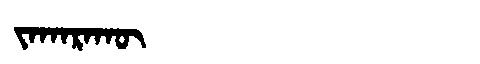
Manchu: ᠵᠠᡴᠠᡵᠠᡴᡡ
Romanization: JAKARAKŪ